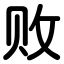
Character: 败